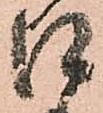
口